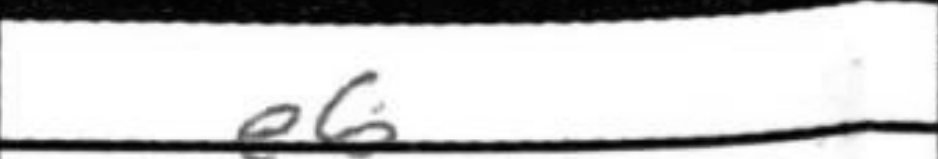
Transcription: e6